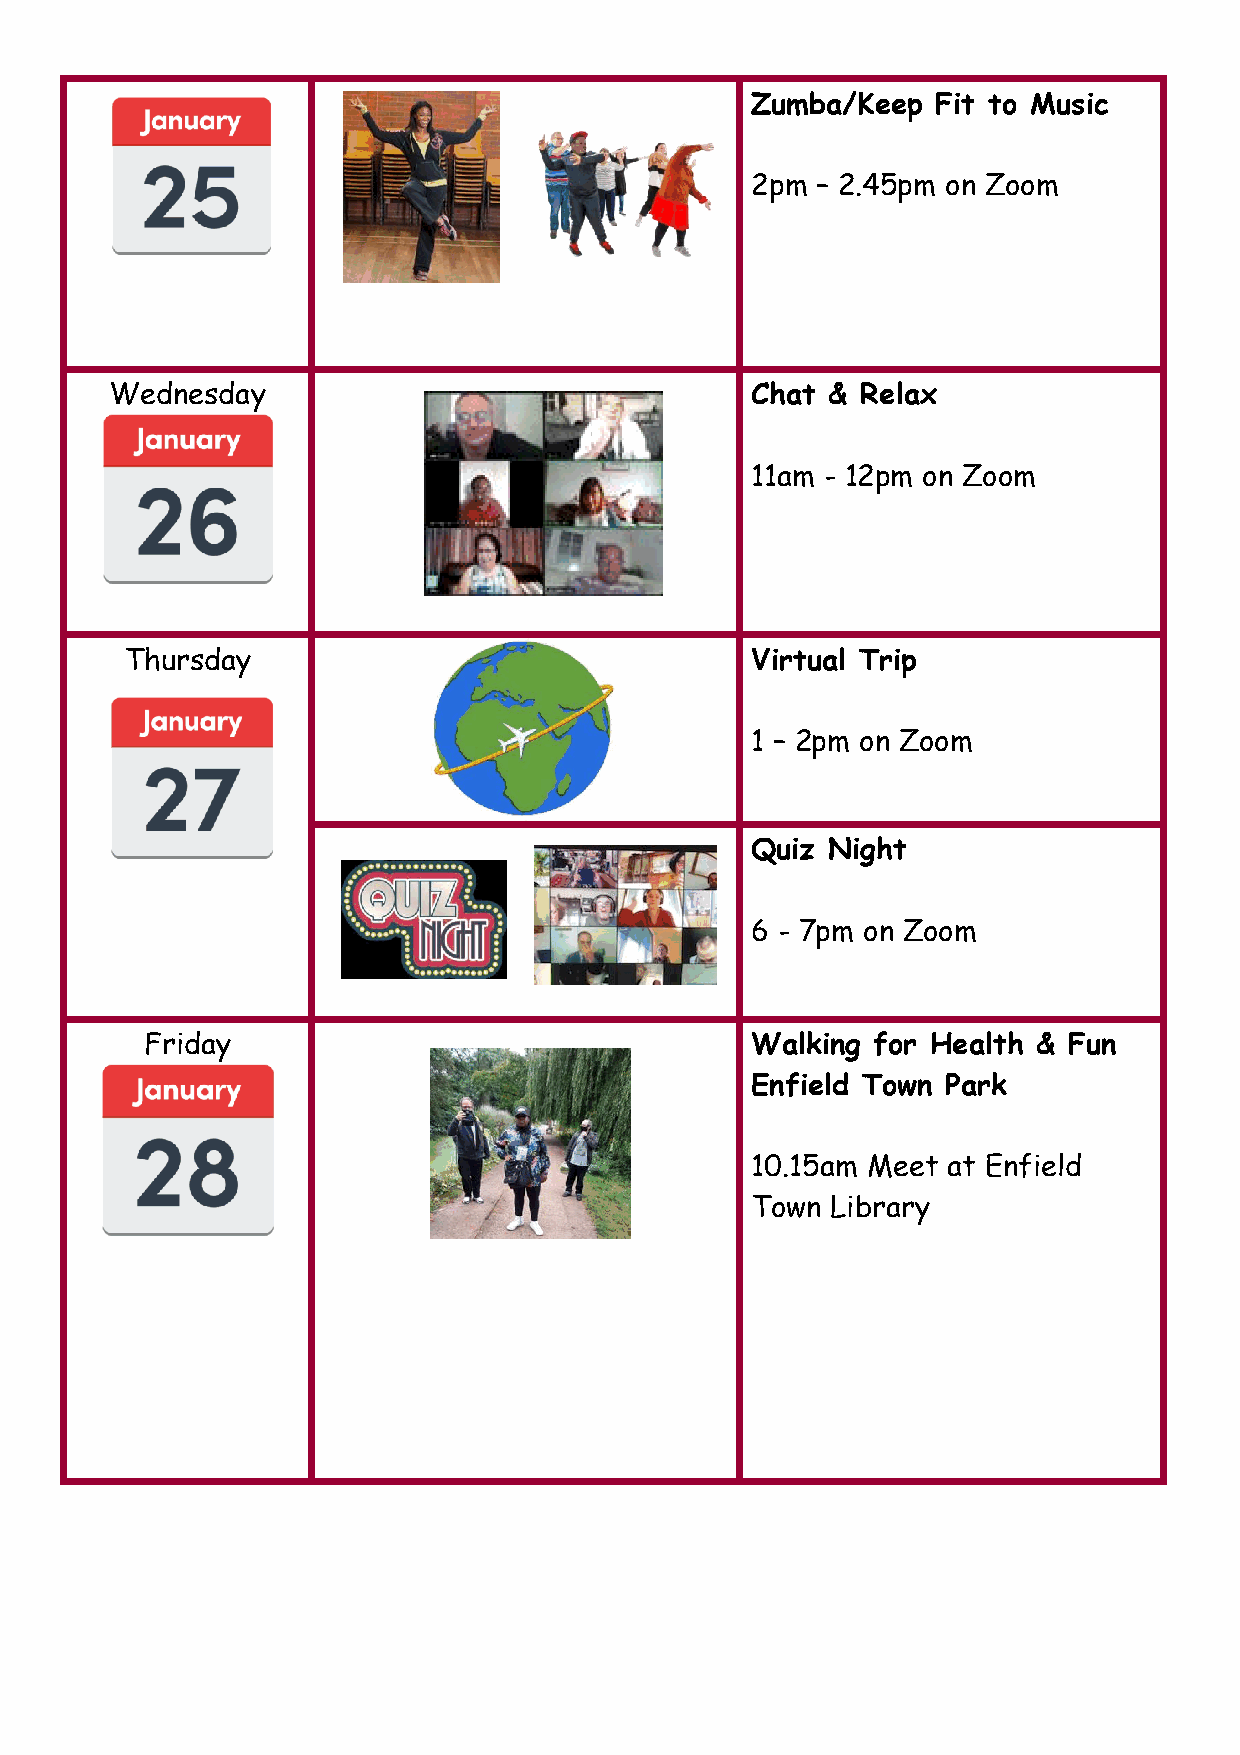
Zumba/Keep  Fit to Music
 2pm – 2.45pm on Zoom
 Wednesday                                  Chat & Relax
 11am - 12pm on Zoom
 Thursday                                  Virtual Trip
 1 – 2pm on Zoom
 Quiz Night
 6 - 7pm on Zoom
 Friday                                  Walking for Health & Fun
 Enfield Town Park
 10.15am Meet at Enfield
 Town Library